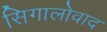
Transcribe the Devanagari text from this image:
सिगालोवाद